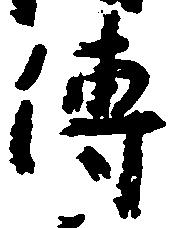
伝